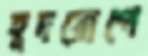
হূদরোগে